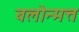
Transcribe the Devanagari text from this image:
बलोन्मत्त